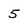
Character: 5